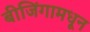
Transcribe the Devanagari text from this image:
बीजिंगामधून